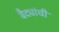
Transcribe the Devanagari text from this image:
वैद्यांची